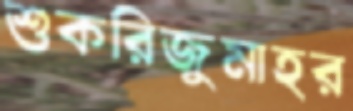
শুকরিজুমাহর